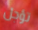
تؤجل